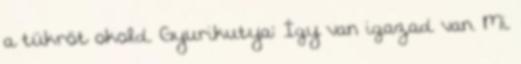
a tükröt okold. Gyurikutya: Így van igazad van. Mi